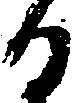
る